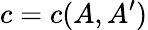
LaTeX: c=c(A,A^{\prime})